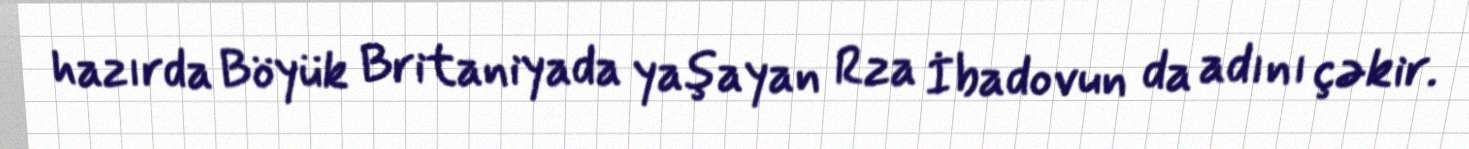
hazırda Böyük Britaniyada yaşayan Rza İbadovun da adını çəkir.